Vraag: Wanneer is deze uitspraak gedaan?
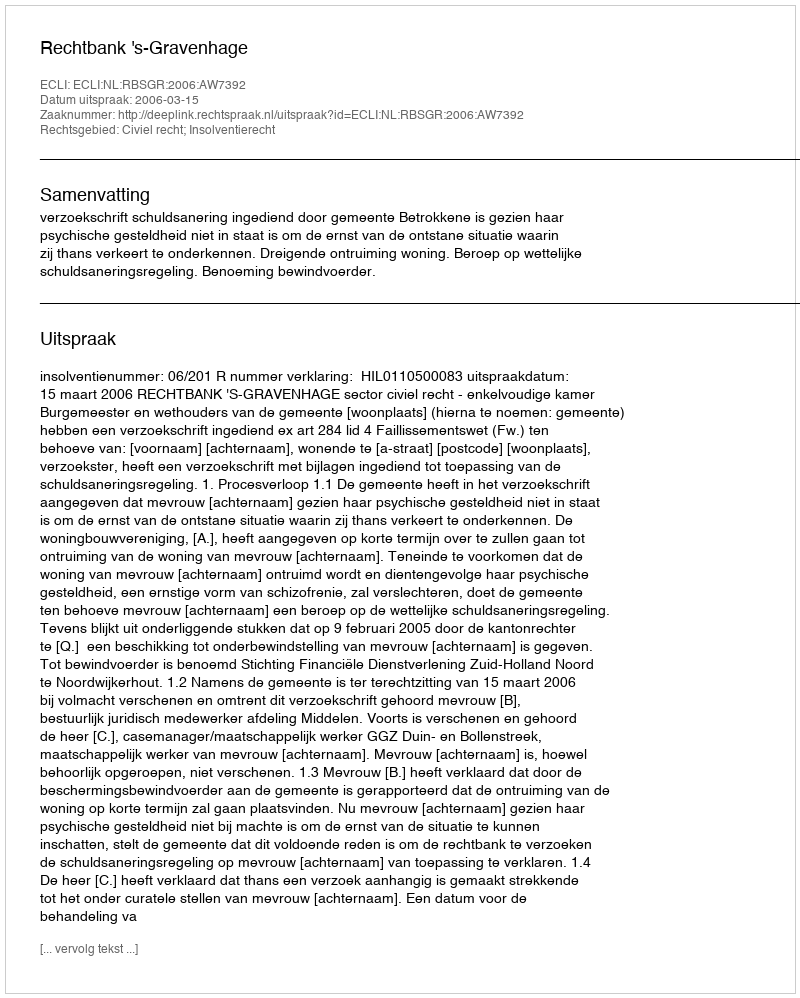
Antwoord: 2006-03-15